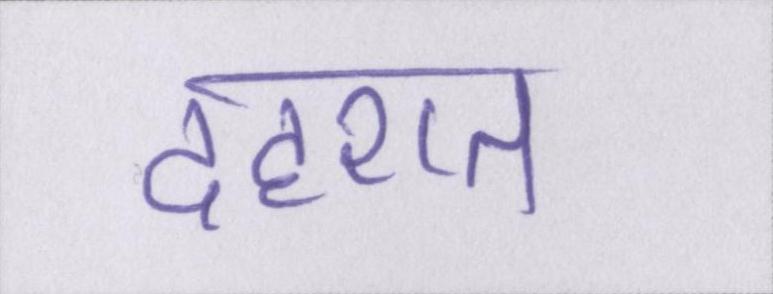
दहशत